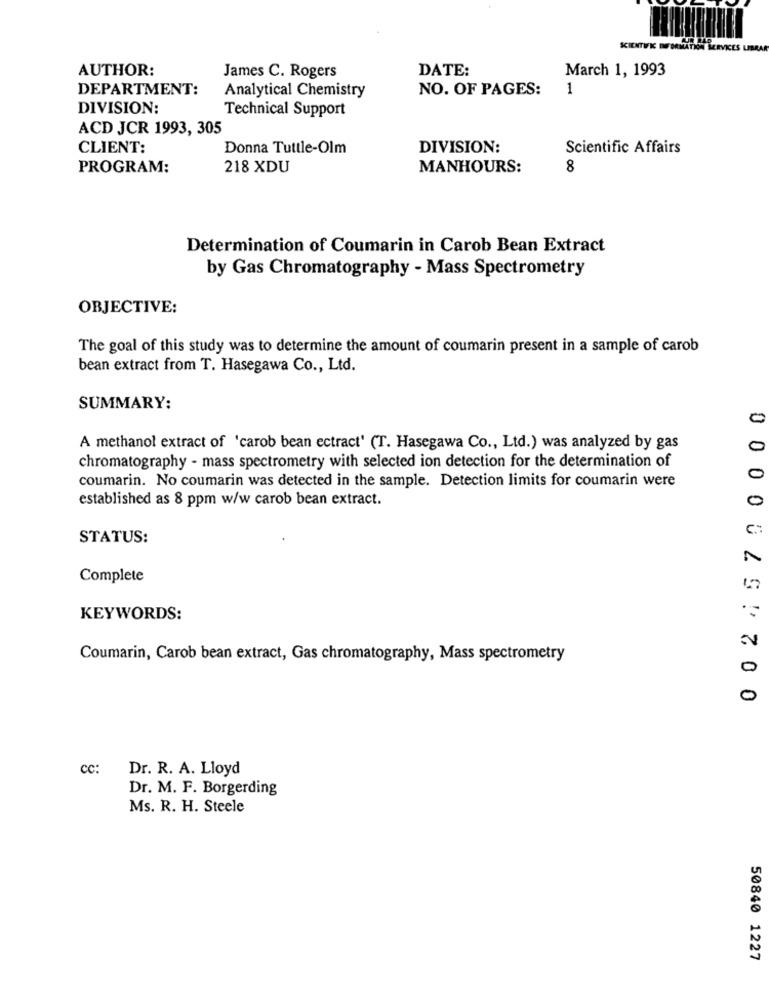
AUTHOR:
James C. Rogers
DATE:
March 1, 1993
DEPARTMENT:
Analytical Chemistry
NO. OF PAGES:
1
DIVISION:
Technical Support
ACD JCR 1993, 305
CLIENT:
Donna Tuttle-Olm
DIVISION:
Scientific Affairs
PROGRAM:
218 XDU
MANHOURS:
8
Determination of Coumarin in Carob Bean Extract
by Gas Chromatography - Mass Spectrometry
OBJECTIVE:
The goal of this study was to determine the amount of coumarin present in a sample of carob
bean extract from T. Hasegawa Co ., Ltd.
SUMMARY:
0
A methanol extract of 'carob bean ectract' (T. Hasegawa Co ., Ltd.) was analyzed by gas
0
chromatography - mass spectrometry with selected ion detection for the determination of
coumarin. No coumarin was detected in the sample. Detection limits for coumarin were
established as 8 ppm w/w carob bean extract.
0
C .:
STATUS:
Complete
KEYWORDS:
Coumarin, Carob bean extract, Gas chromatography, Mass spectrometry
0
0
00000 ZS1700
cc:
Dr. R. A. Lloyd
Dr. M. F. Borgerding
Ms. R. H. Steele
50840 1227